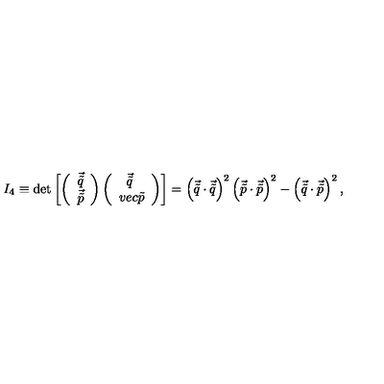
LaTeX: I _ { 4 } \equiv \det \left[ \left( \begin{array} { c } { \vec { \tilde { q } } } \\ { \vec { \tilde { p } } } \\ \end{array} \right) \left( \begin{array} { c c } { \vec { \tilde { q } } \ } \\ { v e c { \tilde { p } } } \\ \end{array} \right) \right] = \left( \vec { \tilde { q } } \cdot \vec { \tilde { q } } \right) ^ { 2 } \left( \vec { \tilde { p } } \cdot \vec { \tilde { p } } \right) ^ { 2 } - \left( \vec { \tilde { q } } \cdot \vec { \tilde { p } } \right) ^ { 2 } ,